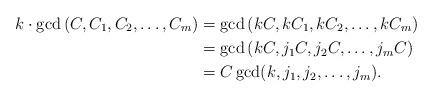
LaTeX: \begin{align*} k \cdot \gcd\left( C,C_1,C_2, \dots ,C_m\right)& = \gcd\left( k C,k C_1,k C_2, \dots ,k C_m\right) \\& = \gcd\left( k C, j_1 C, j_2 C, \dots, j_m C\right) \\& = C\gcd(k,j_1,j_2,\dots,j_m).\end{align*}